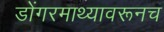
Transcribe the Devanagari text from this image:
डोंगरमाथ्यावरूनच